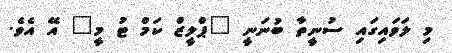
މި ލަވައިގައި ސުނީތާ ބުނަނީ "ޕްލީޒް ކަމް ޓު މީ" އޭ އެވެ.